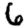
Digit: 6